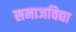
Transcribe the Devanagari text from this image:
समाजविद्या